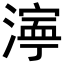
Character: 𬈿